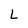
Character: L